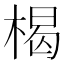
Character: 楬